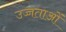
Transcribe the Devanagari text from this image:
उच्चताओं